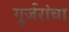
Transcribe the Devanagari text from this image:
गुर्जरांचा